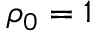
\rho _ { 0 } = 1